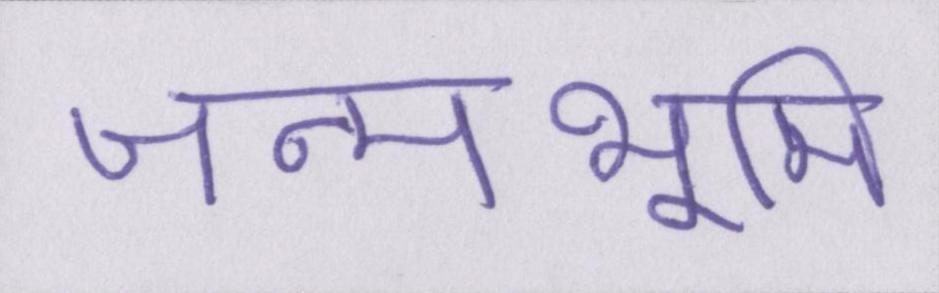
जन्मभूमि